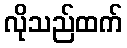
လိုသည်ထက်